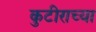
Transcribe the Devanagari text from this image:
कुटीराच्या